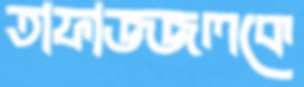
তাফাজ্জলকে